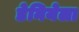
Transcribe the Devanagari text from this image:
डेनियेला